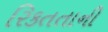
રિકતતાની